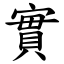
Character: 實